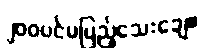
၂၀၀ပင်မပြည့်သေးချေ။